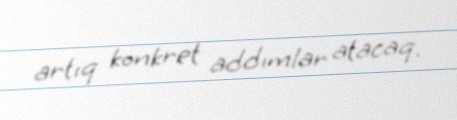
artıq konkret addımlar atacaq.